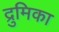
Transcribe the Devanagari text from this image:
द्रुमिका